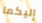
إليكما